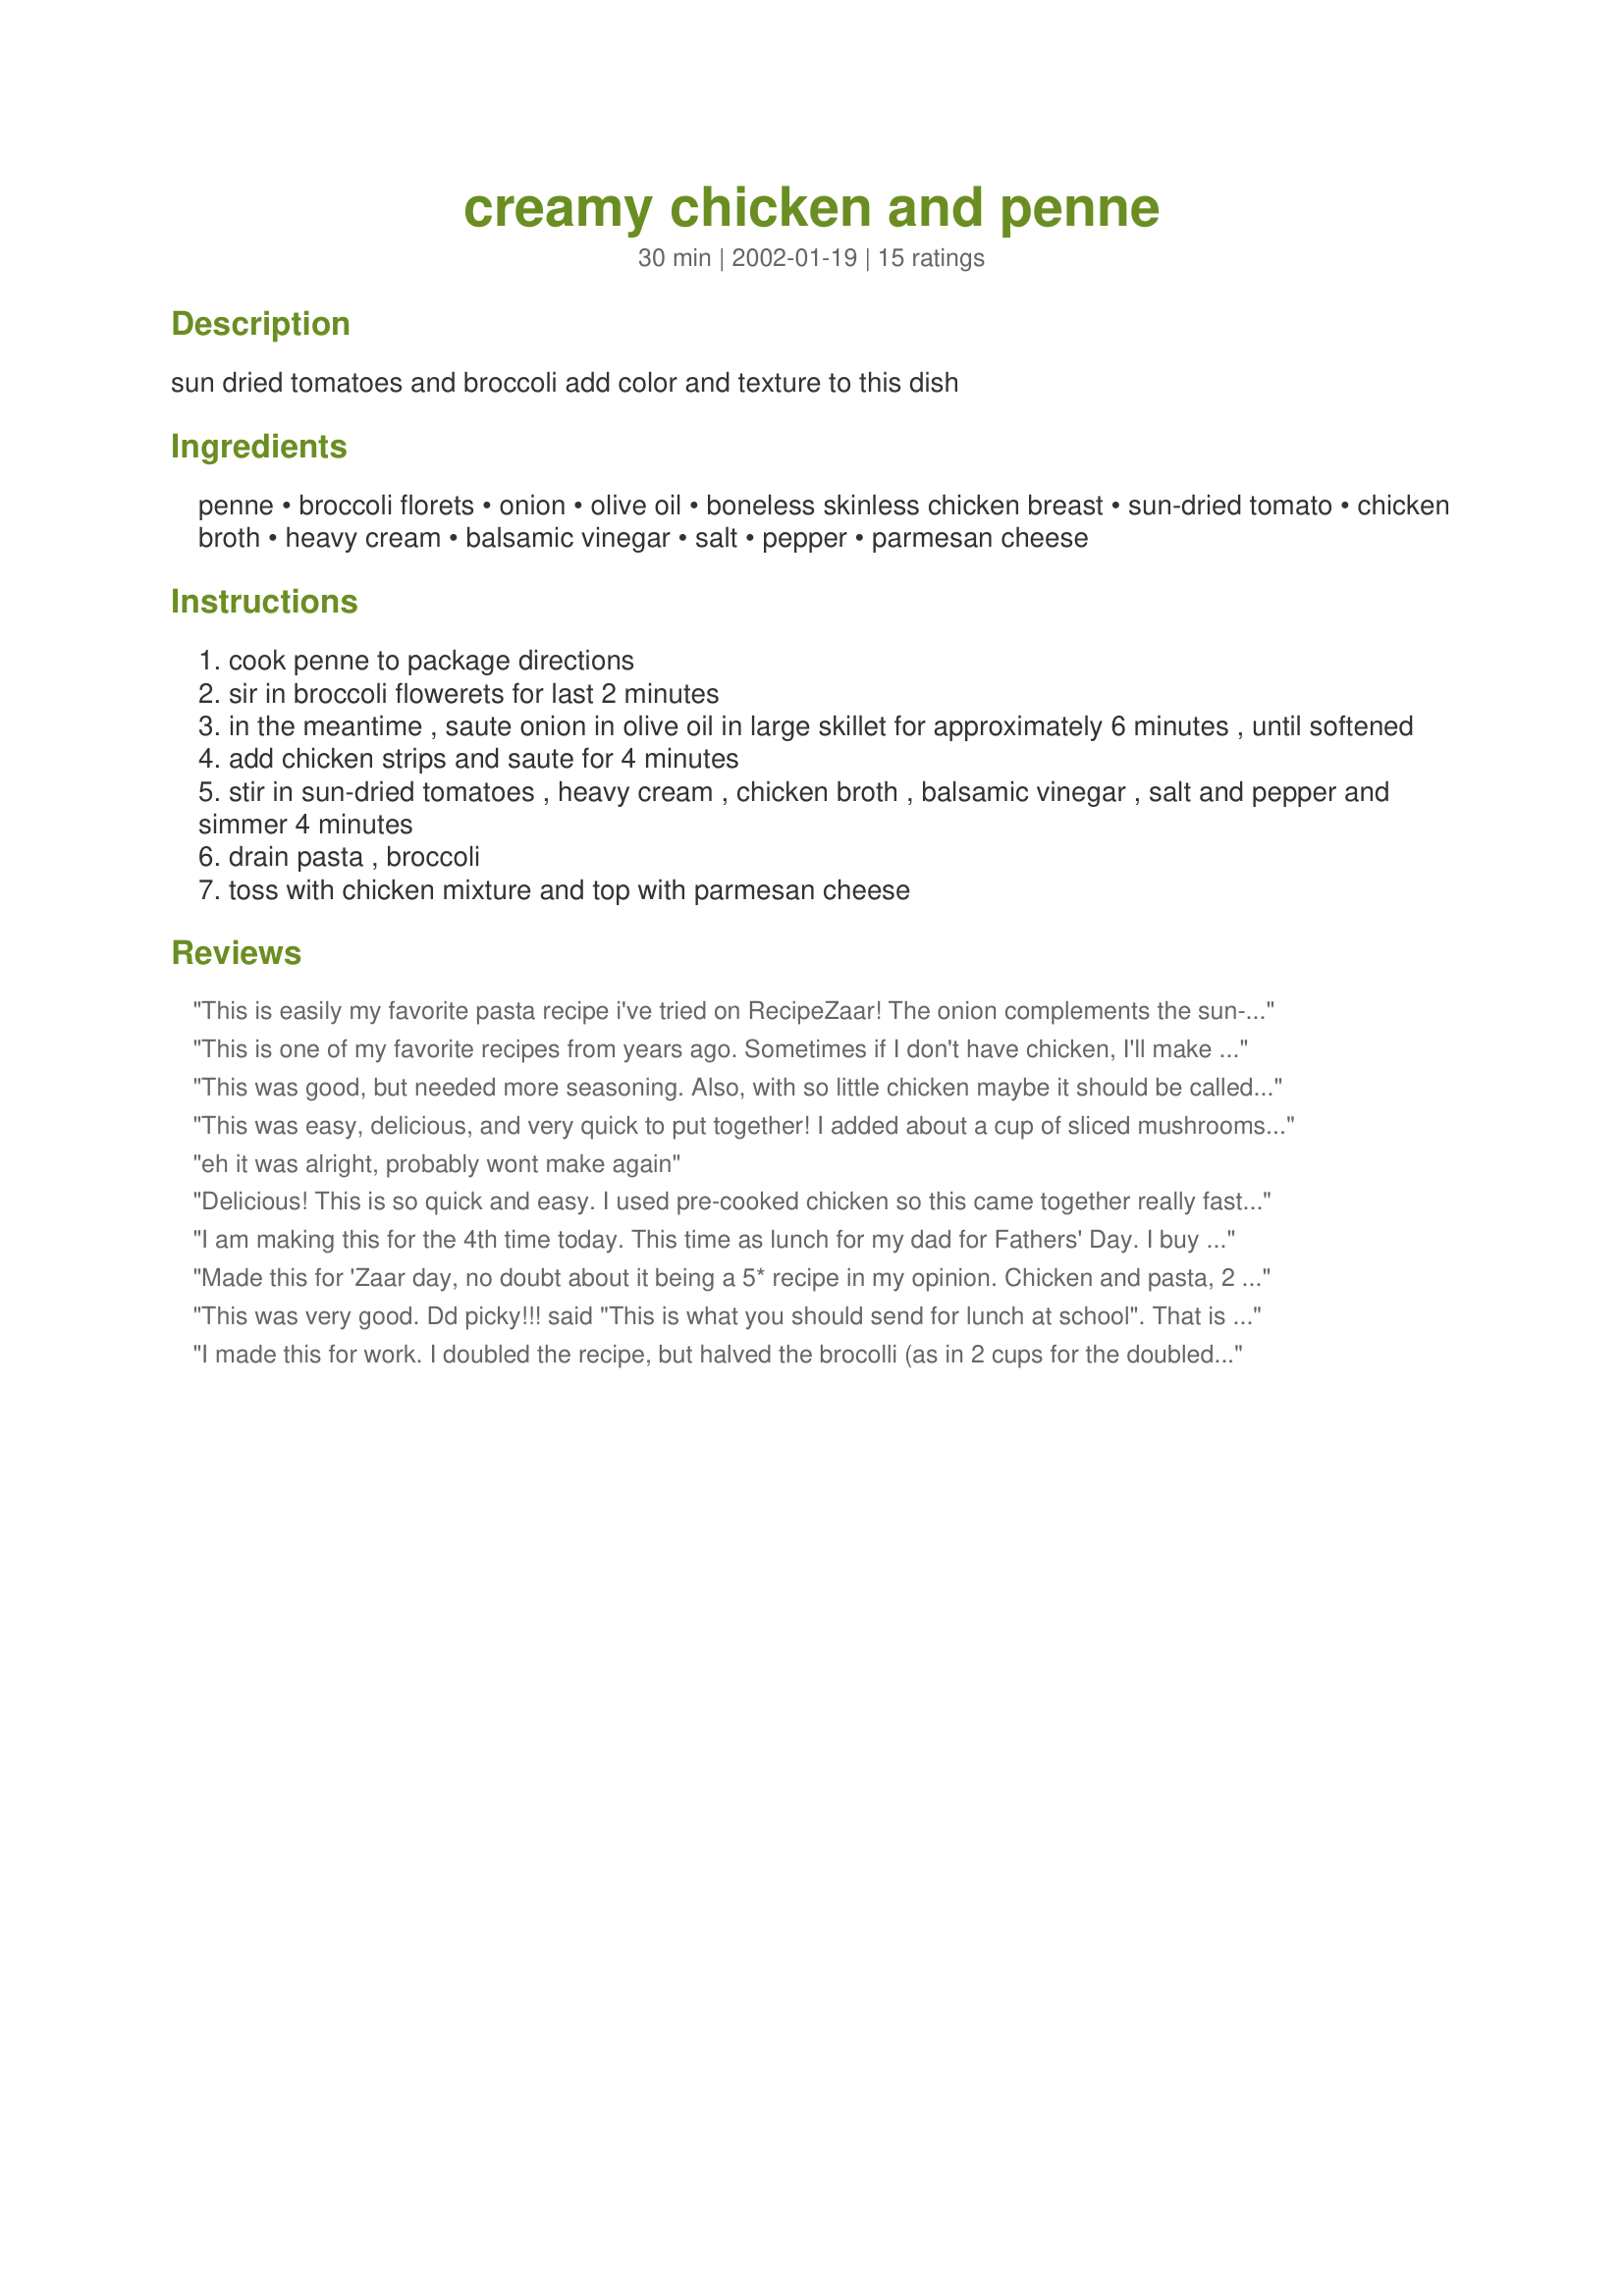
creamy chicken and penne
Preparation time: 30 minutes

sun dried tomatoes and broccoli add color and texture to this dish

Ingredients:
penne, broccoli florets, onion, olive oil, boneless skinless chicken breast, sun-dried tomato, chicken broth, heavy cream, balsamic vinegar, salt, pepper, parmesan cheese

Steps:
cook penne to package directions
sir in broccoli flowerets for last 2 minutes
in the meantime , saute onion in olive oil in large skillet for approximately 6 minutes , until softened
add chicken strips and saute for 4 minutes
stir in sun-dried tomatoes , heavy cream , chicken broth , balsamic vinegar , salt and pepper and simmer 4 minutes
drain pasta , broccoli
toss with chicken mixture and top with parmesan cheese

Reviews:
This is easily my favorite pasta recipe i've tried on RecipeZaar! The onion complements the sun-dried tomatos. And the sauce is very light. This is a GREAT lunch or dinner. It can also be cooked as a vegetarian meal by not cooking with chicken....it's just as tasty! If I could I would give it 6 stars.
This is one of my favorite recipes from years ago. Sometimes if I don't have chicken, I'll make it without. It's just delicious all the way around. Thank you for posting this!
This was good, but needed more seasoning. Also, with so little chicken maybe it should be called "Creamy Penne and Chicken". Is 1/2 pound right or was there a mistake in the recipe. I used more chicken as I was serving it as a main dish.
This was easy, delicious, and very quick to put together! I added about a cup of sliced mushrooms, 2 cloves of minced garlic, and the pkg of chicken breasts I bought was about 3/4 lb. Oh, I used fusilli instead of penne (personal preference). Fantastic meal! Take the 6 servings to heart, folks; this was dinner for DH and me twice, and both times we helped ourselves to seconds. Thanks for posting this gem; it's a real keeper!
eh it was alright, probably wont make again
Delicious! This is so quick and easy. I used pre-cooked chicken so this came together really fast. I did not add the broccoli because I did not have any, but it was delicious without it. I think this dish would be great with mushrooms, too.
I am making this for the 4th time today. This time as lunch for my dad for Fathers' Day. I buy the broccoli florets in a bag and the jar of julienned sd tomatoes. It makes this delicious gourmet meal so simple! The flavors and ratios are perfect, nothing is missing.
Made this for 'Zaar day, no doubt about it being a 5* recipe in my opinion. Chicken and pasta, 2 of my favourite foods. Instead of the broccoli florets I used broccolini which worked fine.
I made Erin Ecklunds Blue Cheese Crostini as an accompaniment, they were great together. Also made a quick green salad.Thanks for posting. =)
This was very good. Dd picky!!! said "This is what you should send for lunch at school". That is exactly what I will be doing! Followed to the "T". Thank you Tish. This will help me with not only dinner but something that Dd will eat for lunch.
I made this for work. I doubled the recipe, but halved the brocolli (as in 2 cups for the doubled recipe).
It was easy, colourful, and extremely tasty, with the broth, salt and pepper, tomatoes, and parmesan. I cut chicken thigh fillets into about 8 thin strips, oh and I fried the onion in the sun-dried tomato oil.
This was ok, but nothing special. Needs some spices or something, not sure what. Made way to much pasta, and the sauce was very thin. Probably won't make again.
WOW! I decided to add some slice prosciutto...what a fabulous dish! Easy to make and gourmet flavor! Will definitely make again!
Everyone liked this very much. It was very quick to put together. I did all the prep work the night before. I made one tiny change and that was to put the broccoli in to cook with four minutes left on the penne. We ate it warm, we ate it cold, we'll eat it again.
This was delicious! The whole family loved it. I did replace the broccoli with snow peas and added some chopped garlic.Yummo!!
I would give this a full 5 stars but I thought it needed a bit of adjusting. I thought 1/2 pound of chicken for 6 servings was not enough--I made it with 1 3/4 pounds. And it is much easier to eat if you cut the chicken into bite-size servings before cooking. I cooked it cut into strips, but then pulled them all out and cut them as I couldn't see any advantage to leaving the pieces big. It was also on the bland side and the sauce to runny. I stirred in 1 tablespoon of cornstarch to thicken it up, but next time I will try stirring about 1/4 cup parmesan cheese into the sauce. That will give the sauce a bit more dimesion and thicken it up a bit. A hint I learned about broccoli--if you cook it just until it is done and then drain it and run cold water over it you can preserve the beautiful green color. I cooked my broccoli separately so I could do this and then tossed it all together and let it warm back up for a minute or two. In spite of the adjustments--a wonderful dish I will definitely make again. Beautiful presentation as well.
